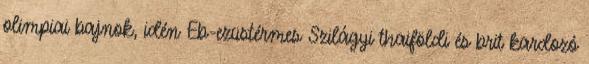
olimpiai bajnok, idén Eb-ezüstérmes Szilágyi thaiföldi és brit kardozó